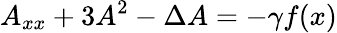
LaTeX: A_{xx}+3A^{2}-\Delta A=-\gamma f(x)